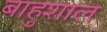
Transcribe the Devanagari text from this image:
बाहुशाल